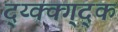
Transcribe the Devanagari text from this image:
द्य्क्क्ग्द्क